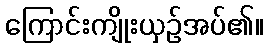
ကြောင်းကျိုးယှဉ်အပ်၏။